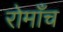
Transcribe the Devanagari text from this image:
रोमाँच